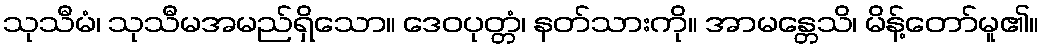
သုသီမံ၊ သုသီမအမည်ရှိသော။ ဒေဝပုတ္တံ၊ နတ်သားကို။ အာမန္တေသိ၊ မိန့်တော်မူ၏။